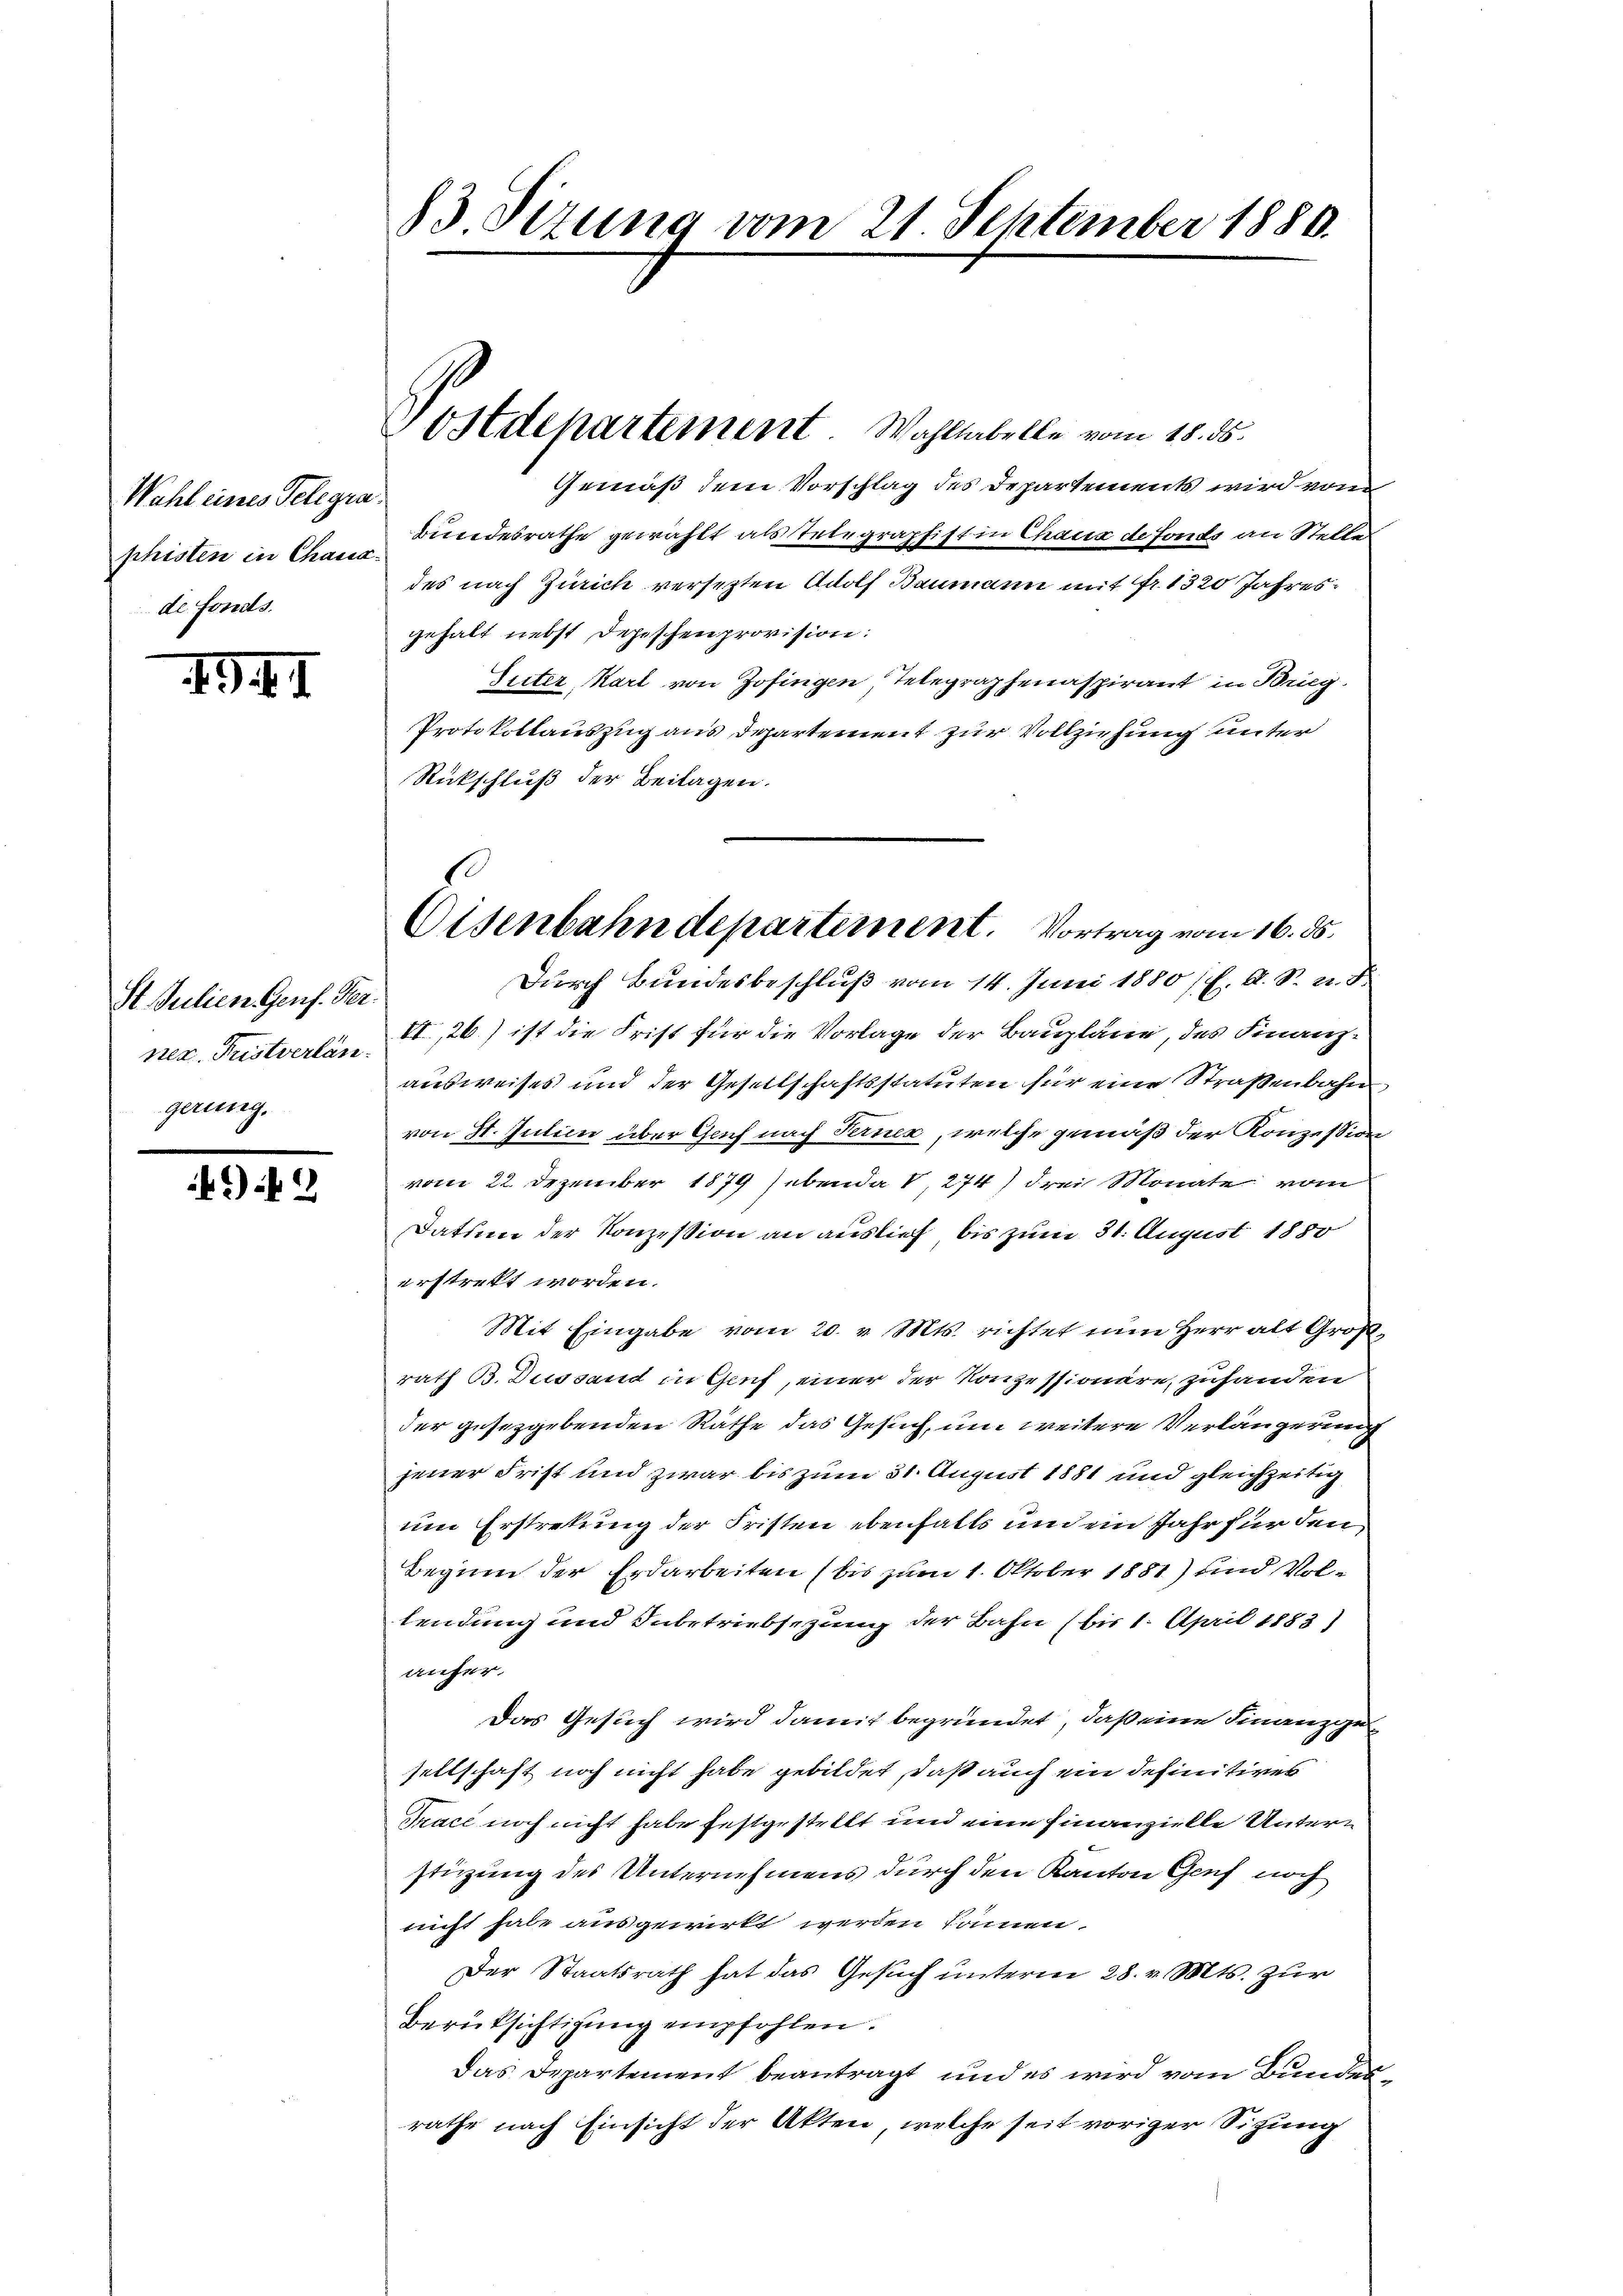
Wahl eines Telegraphisten in Chaux-
de fonds.

1941.

St. Julien Genf. Ver
ner. Fristverlän
gerung.

*) G

83 Sitzung vom 21. September 1886.

Gemäß dem Vorschlag des Departements wird von
bundesrathe gewählt als Telegraphist in Chaux de fonds an Stelle
des nach Zürich versetzten Adolf Baumann mit fr. 1320 Jahresgehalt nebst Depeschen provision:
Suter Karl von Zofingen, Telegraphenaspirant in Brieg
Protokollauszug aus Departement zur Vollziehung unter
Rückschluß der Beilagen.
VI., 26.) ist die Frist für die Vorlage der Baupläne, des Finanzausweises und der Gesellschaftsstatuten für eine Straßenbahn
von St. Intim über Genf nach Ferner, welche gemäß der Konzession
vom 22. Dezember 1879 hebenda S. 274) drei Monate vom
Datum der Konzession an auslief bis zum 31. August 1880
erstrekt worden.
Mit Eingabe vom 20. v. Mts. richtet nun Herr alt Großrath B. Dessand in Genf, einer der Konzessionere, zuhanden
der gesetzgebenden Räthe das Gesuch, um weitere Verlängerung
jener Frist und zwar bis zum 31. August 1881 und gleichzeitig
um Erstretung der Fristen ebenfalls un ein Jahr für den
Beginn der Erdarbeiten (bis zum 1. Oktober 1881) und Vollendung und Inbetriebsezung der Bahn (bis 1. April 1883)
anfer
Das Gesuch wird damit begründet, daß eine Finanzgeseltschaft noch nicht habe gebildet, daß auch ein definitives
Mace noch nicht habe festgestellt und eine Finanzielle Unterstizung des Unternehmens durch den Kanton Genf noch
nicht habe ausgewirkt werden können.
Der Staatsrath hat das Gesuch unterm 28. v. Mts. zur
Berüksichtigung empfohlen.
Das Departement beantragt und es wird vom Bundesrathe nach Einsicht der Akten, welche seit voriger Sitzung

Postdepartement. Wahllabelle vom 18. ds.

Eisenbahndepartement. Vortrag vom 16. ds.
Durch Bundesbeschluß vom 14. Juni 1880 /7. A. S. u. d